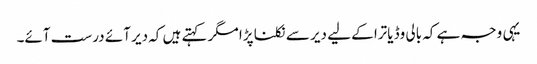
یہی وجہ ہے کہ بالی وڈ یاترا کے لیے دیر سے نکلنا پڑا مگر کہتے ہیں کہ دیر آئے درست آئے۔